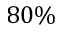
8 0 \%